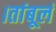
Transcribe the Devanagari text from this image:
।तांबूलं